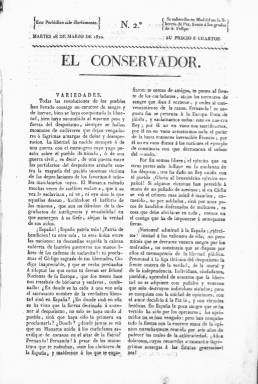
Título: El Conservador (Madrid. 1820)
Colección: Periódicos anteriores a 1850
Ámbito geográfico: Madrid
Lugar de publicación: Madrid
Fechas: 27/03/1820-30/09/1820

Diario fruto de la inflación de periódicos que trajo consigo el triunfo del pronunciamiento de Riego y la jura de la Constitución de Cádiz por Fernando VII en marzo de 1820 que dio comienzo al Trienio liberal. Tal fue la fiebre periodística durante ese año que incluso hubo una cabecera llamada satíricamente La Periodicomanía que hizo semblanzas y epitafios de casi cien títulos de prensa según iban naciendo y muriendo.

   El Conservador nació en el Café de Lorencini de la Puerta del Sol de Madrid de las manos de una de las sociedades patrióticas que se crearon en aquellos días para defender la libertad recién recuperada. Era redactado en las mesas del café, donde predominaban las soflamas demagógicas, por lo que sus autores, que firmaban con seudónimos, intentaron darle un tono más moderado.

    El lema doctrinal del periódico era, con el lenguaje retórico de la época: ‘La virtud será amada y el vicio odiado y vituperado’. Sus redactores proclamaban que bajo el amparo de la libertad ‘veremos renacer nuestras pasadas glorias, los talentos desenvolverse, las ciencias perfeccionarse y la agricultura e industria originar la riqueza del hombre activo y aplicado’.

    El Conservador mezclaba la templanza con la agresividad. Así, mostraba su lado más moderado cuando elogiaba a Fernando VII y su lado más radical cuando manifestaba su anticlericalismo, con fuertes críticas a ciertos religiosos.

     Según señala Pedro Gómez Aparicio en su Historia del Periodismo Español, El Conservador se hizo célebre por sus campañas, como la emprendida contra la repatriación de los afrancesados que marcharon a Francia durante la invasión napoleónica o la dirigida contra la formación del primer Gobierno constitucional.

   El periódico actuaba bajo la inspiración de las logias masónicas y tal fue su virulencia en ocasiones que el ministro de la Gobernación, Agustín Argüelles, ordenó detenciones y la disolución de la sociedad patriótica del Café Lorencini. El Conservador dejó entonces de publicarse.

  Nacido el 27 de marzo de 1820 su último número fue el de 30 de septiembre de ese año. El Conservador era un diario eminentemente doctrinario en el que la información era secundaria, aunque publicaba regularmente noticias nacionales y del extranjero. A partir de julio, con la apertura de Las Cortes, las crónicas parlamentarias le dieron un mayor aspecto de periódico informativo.

   Se editaba normalmente con cuatro páginas a dos columnas, aunque hubo ocasiones en que aumentó la paginación. Publicaba en la última página una sección llamada Chismografía que le daba un aire menos grave, con noticias y comentarios que ayudan a conocer la sociología de la época.

[Descripción publicada el 20/09/2024]